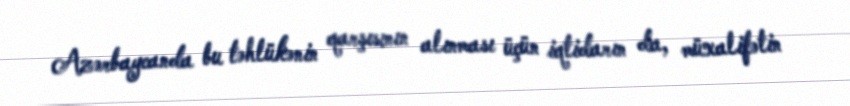
Azərbaycanda bu təhlükənin qarşısının alınması üçün iqtidarın da, müxalifətin